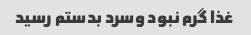
غذا گرم نبود وسرد بدستم رسید